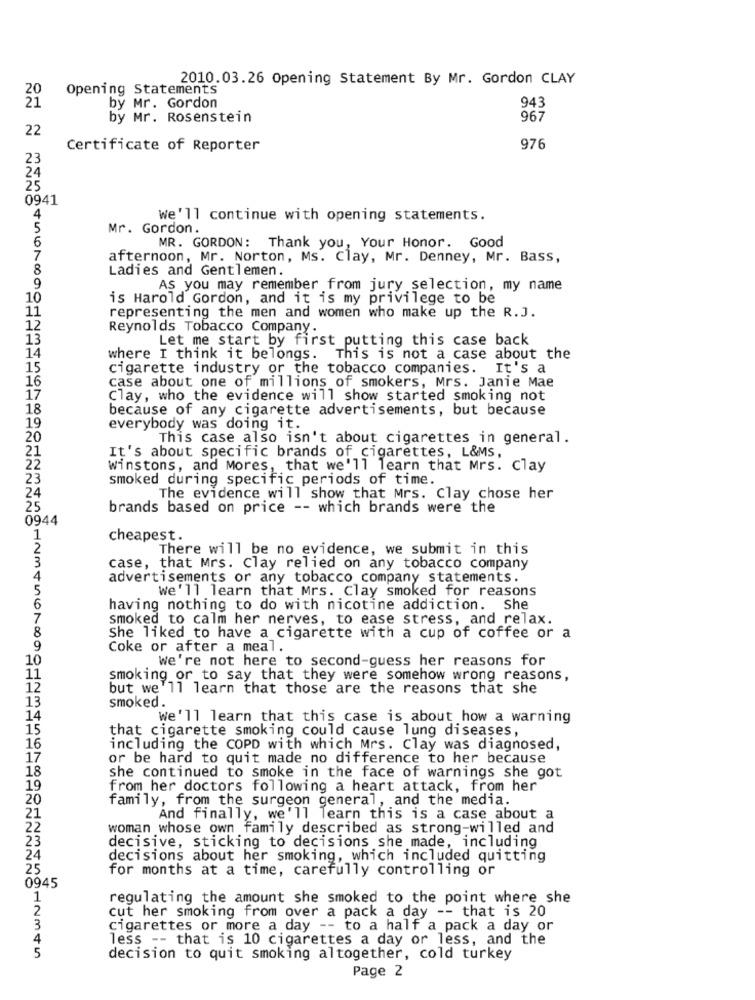
2010.03.26 Opening Statement By Mr. Gordon CLAY
Opening Statements
by Mr. Gordon
943
by Mr. Rosenstein
967
22
Certificate of Reporter
976
23
24
25
0941
4
We'll continue with opening statements.
5
Mr. Gordon.
6
MR. GORDON: Thank you, Your Honor. Good
7
afternoon, Mr. Norton, Ms. Clay, Mr. Denney, Mr. Bass,
8
Ladies and Gentlemen.
9
AS you may remember from jury selection, my name
10
is Harold Gordon, and it is my privilege to be
11
representing the men and women who make up the R.J.
12
Reynolds Tobacco Company.
13
Let me start by first putting this case back
14
where I think it belongs. This is not a case about the
15
cigarette industry or the tobacco companies. It's a
16
case about one of millions of smokers, Mrs. Janie Mae
17
Clay, who the evidence will show started smoking not
18
because of any cigarette advertisements, but because
19
everybody was doing it.
20
This case also isn't about cigarettes in general.
21
It's about specific brands of cigarettes, L&MS,
22
winstons, and Mores, that we'll learn that Mrs. Clay
23
smoked during specific periods of time.
24
The evidence will show that Mrs. Clay chose her
25
brands based on price -- which brands were the
0944
1
cheapest.
2
There will be no evidence, we submit in this
3
case, that Mrs. Clay relied on any tobacco company
4
advertisements or any tobacco company statements.
5
We'll learn that Mrs. Clay smoked for reasons
6
having nothing to do with nicotine addiction. She
7
smoked to calm her nerves, to ease stress, and relax.
8
She liked to have a cigarette with a cup of coffee or a
9
Coke or after a meal
10
We're not here to second-guess her reasons for
11
smoking or to say that they were somehow wrong reasons,
12
but we'll learn that those are the reasons that she
13
smoked.
14
we'll learn that this case is about how a warning
15
that cigarette smoking could cause lung diseases,
16
including the COPD with which Mrs. Clay was diagnosed,
17
or be hard to quit made no difference to her because
18
she continued to smoke in the face of warnings she got
19
from her doctors following a heart attack, from her
20
family, from the surgeon general, and the media.
21
And finally, we'll learn this is a case about a
22
woman whose own family described as strong-willed and
23
decisive, sticking to decisions she made, including
24
decisions about her smoking, which included quitting
25
for months at a time, carefully controlling or
0945
1
regulating the amount she smoked to the point where she
2
cut her smoking from over a pack a day -- that is 20
3
cigarettes or more a day -- to a half a pack a day or
4
less -- that is 10 cigarettes a day or less, and the
5
decision to quit smoking altogether, cold turkey
Page 2